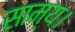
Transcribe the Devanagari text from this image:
साम्य।